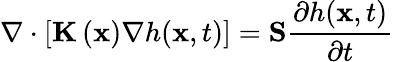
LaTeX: \nabla\cdot\left[\textbf{K}\left(\textbf{x}\right)\nabla h(\textbf{x},t)\right]=\textbf{S}\frac{\partial h(\textbf{x},t)}{\partial t}